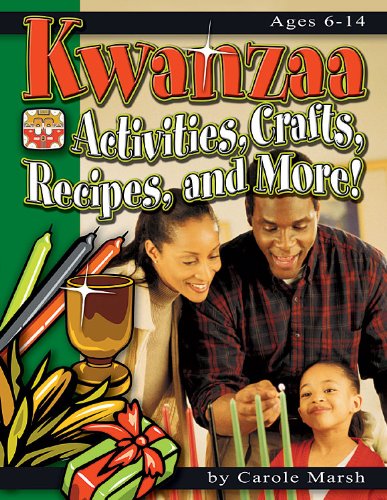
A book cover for Kwanzaa: Activities, Crafts, Recipes and More (New Holiday Celebration); Carole Marsh; Children's Books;